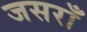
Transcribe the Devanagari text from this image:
जसराँ